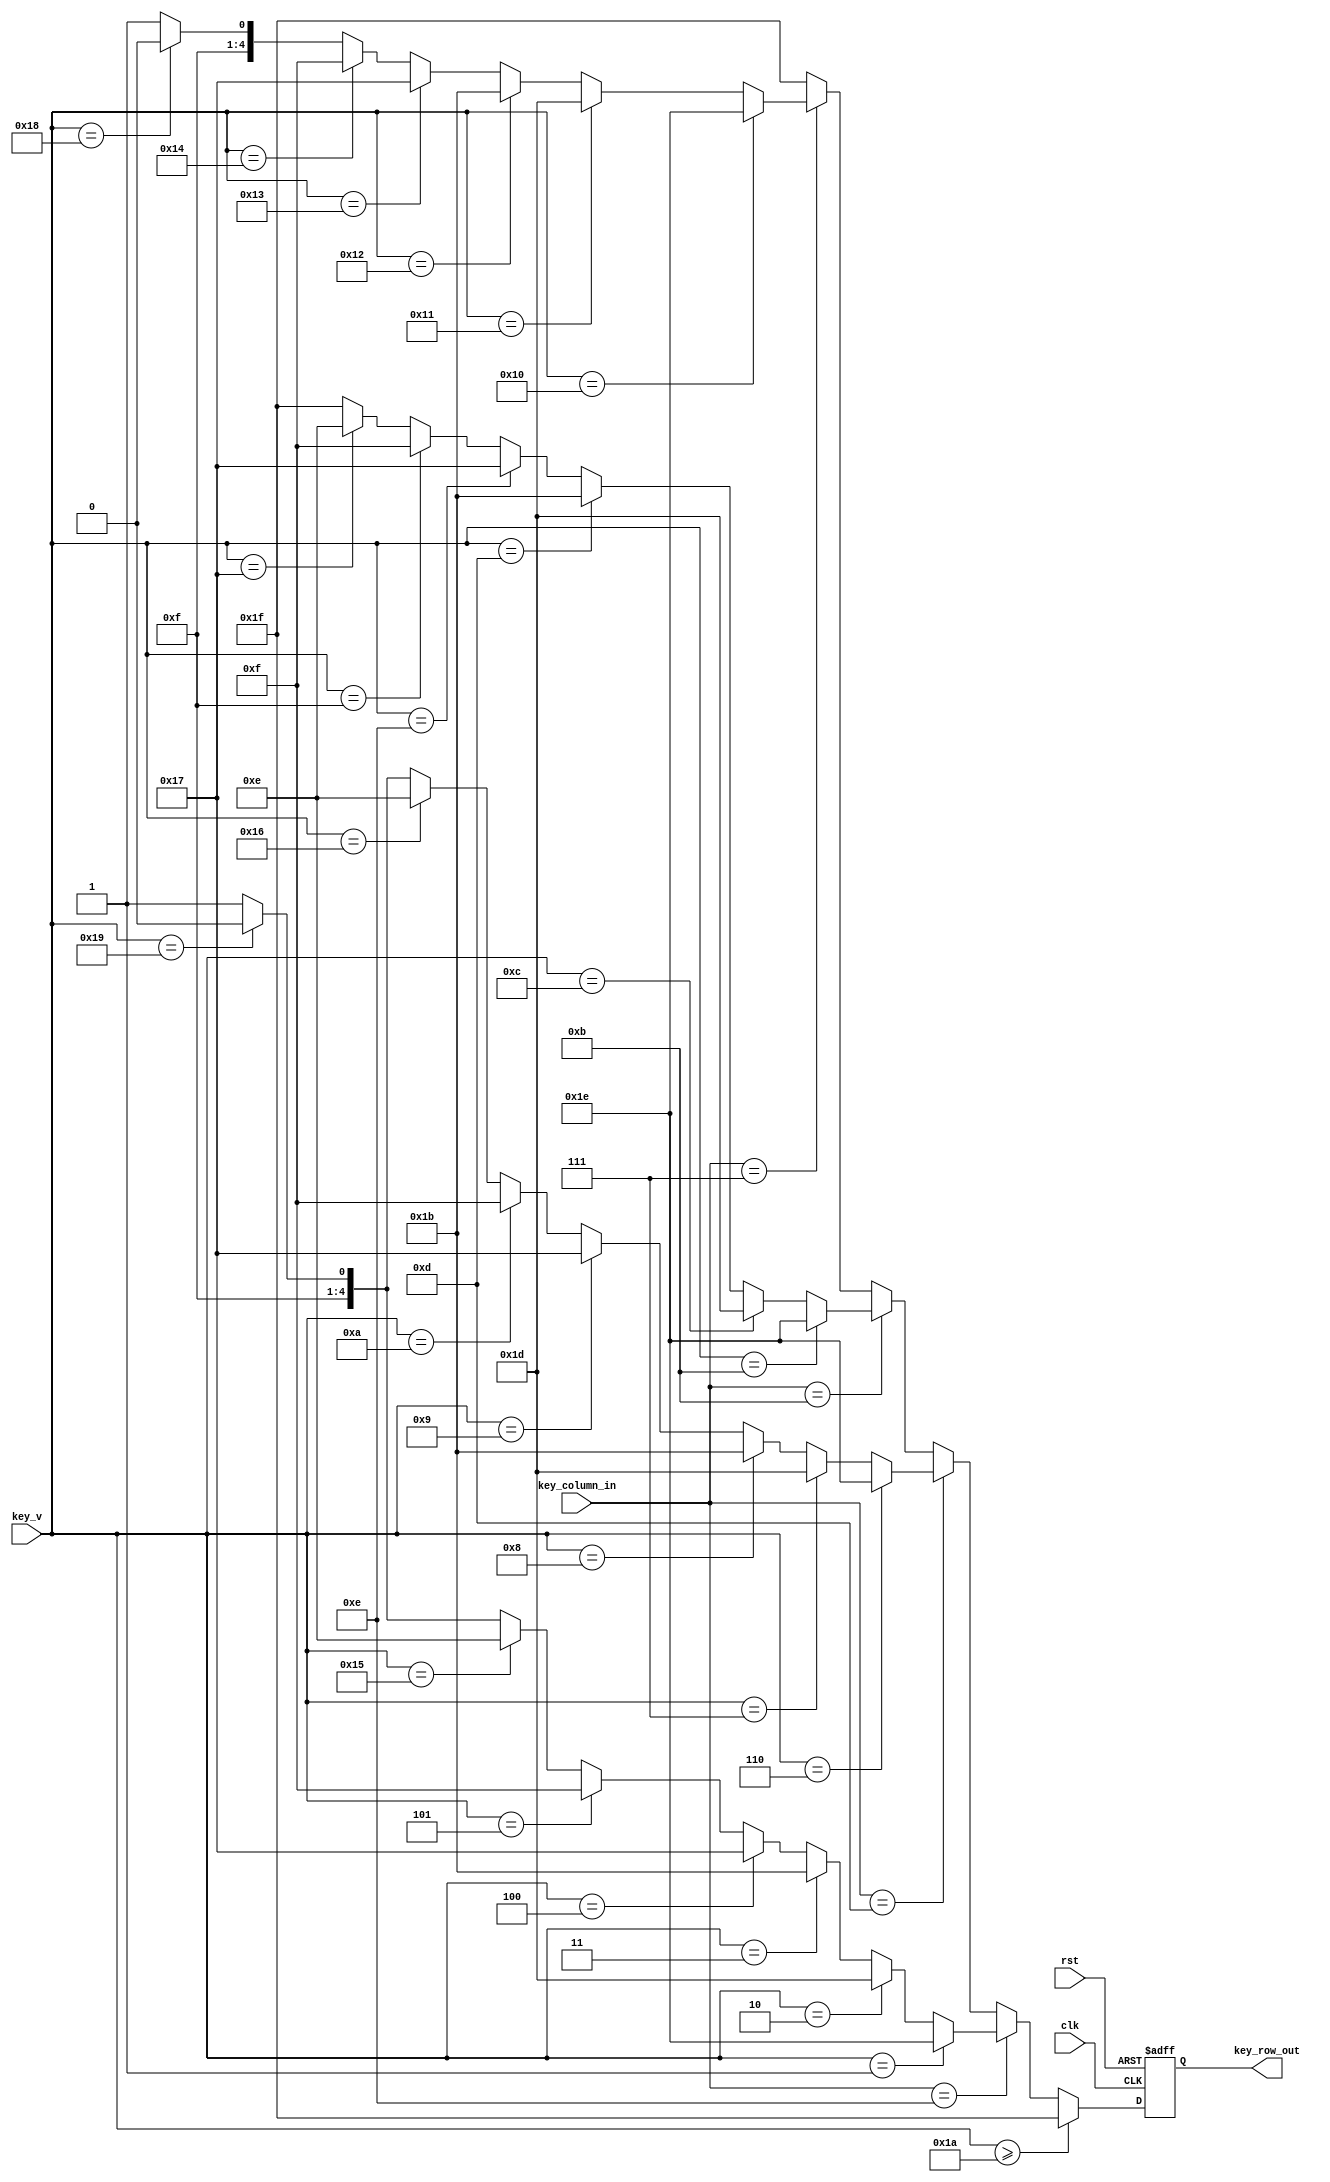
`timescale 1ns / 1ps
//////////////////////////////////////////////////////////////////////////////////
// Company: 
// Engineer: 
// 
// Design Name: 
// Module Name: key_pad
// Project Name: 
// Target Devices: 
// Tool Versions: 
// Description: 
// 
// Dependencies: 
// 
// Revision:
// Revision 0.01 - File Created
// Additional Comments:
// 
//////////////////////////////////////////////////////////////////////////////////


module key_pad(
input   rst,
input   clk,                                                    // 10MHz SYSTEM CLK
input   [4:0] key_v,                                            // 5BIT KEY ASSIGN INPUT FOR SIMULATION
input   [3:0] key_column_in,                                    // 4BIT KEY PAD COLUM INPUT 
output  reg [4:0] key_row_out                                   // 5BIT KEY PAD POW OUTPUT TO KEY_SCAN V. KEY_IN [4:0]
);

always@(negedge rst, posedge clk)
    if(rst == 0)
        key_row_out <= 5'b11111;
    else if(key_v >= 26)
        key_row_out <= 5'b11111;
    else
        if      (key_column_in == 4'b1110)                      // COLUM 0 CHECK
            if      (key_v == 01)   key_row_out <= 5'b11110;
            else if (key_v == 02)   key_row_out <= 5'b11101;
            else if (key_v == 03)   key_row_out <= 5'b11011;
            else if (key_v == 04)   key_row_out <= 5'b10111;
            else if (key_v == 05)   key_row_out <= 5'b01111;
            else if (key_v == 21)   key_row_out <= 5'b01110;
            else if (key_v == 25)   key_row_out <= 5'b11110;
            else                    key_row_out <= 5'b11111;
        else if (key_column_in == 4'b1101)                      // COLUM 1 CHECK
            if      (key_v == 06)   key_row_out <= 5'b11110;
            else if (key_v == 07)   key_row_out <= 5'b11101;
            else if (key_v == 08)   key_row_out <= 5'b11011;
            else if (key_v == 09)   key_row_out <= 5'b10111;
            else if (key_v == 10)   key_row_out <= 5'b01111;
            else if (key_v == 22)   key_row_out <= 5'b01110;
            else if (key_v == 25)   key_row_out <= 5'b11110;
            else                    key_row_out <= 5'b11111;
        else if (key_column_in == 4'b1011)                      // COLUM 2 CHECK
            if      (key_v == 11)   key_row_out <= 5'b11110;
            else if (key_v == 12)   key_row_out <= 5'b11101;
            else if (key_v == 13)   key_row_out <= 5'b11011;
            else if (key_v == 14)   key_row_out <= 5'b10111;
            else if (key_v == 15)   key_row_out <= 5'b01111;
            else if (key_v == 23)   key_row_out <= 5'b01110;
            else                    key_row_out <= 5'b11111;            
        else if (key_column_in == 4'b0111)                      // COLUM 3 CHECK   
            if      (key_v == 16)   key_row_out <= 5'b11110;
            else if (key_v == 17)   key_row_out <= 5'b11101;
            else if (key_v == 18)   key_row_out <= 5'b11011;
            else if (key_v == 19)   key_row_out <= 5'b10111;
            else if (key_v == 20)   key_row_out <= 5'b01111;
            else if (key_v == 24)   key_row_out <= 5'b11110;
            else                    key_row_out <= 5'b11111;
        else                        key_row_out <= 5'b11111;
endmodule